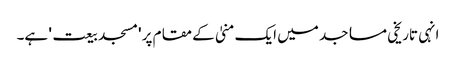
انہی تاریخی مساجد میں ایک منیٰ کے مقام پر 'مسجد بیعت' ہے۔